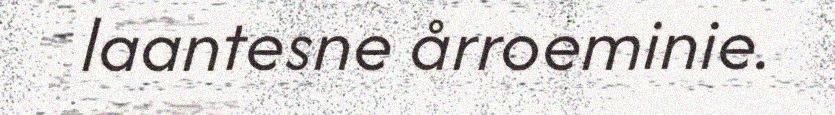
laantesne årroeminie.